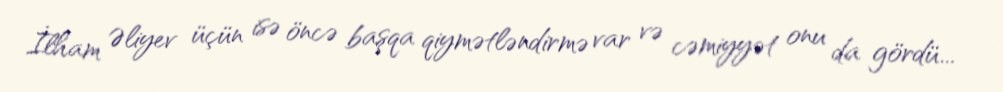
İlham Əliyev üçün isə öncə başqa qiymətləndirmə var və cəmiyyət onu da gördü...